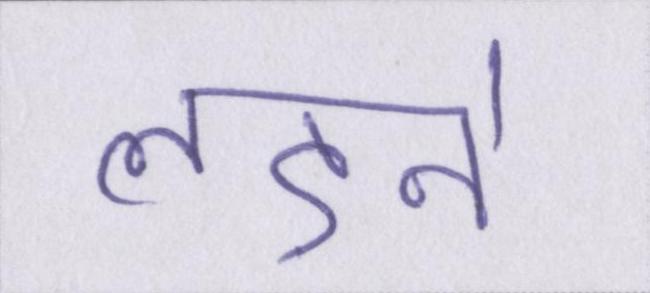
लड़ने